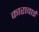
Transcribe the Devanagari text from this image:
कारावाई